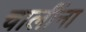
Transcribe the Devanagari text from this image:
चालींना